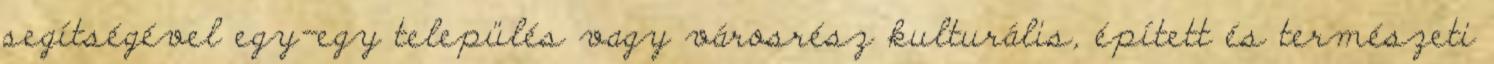
segítségével egy-egy település vagy városrész kulturális, épített és természeti